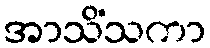
အာသိံသကာ